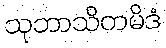
သုဘာသိတမိဒံ